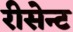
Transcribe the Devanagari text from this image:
रीसेन्ट